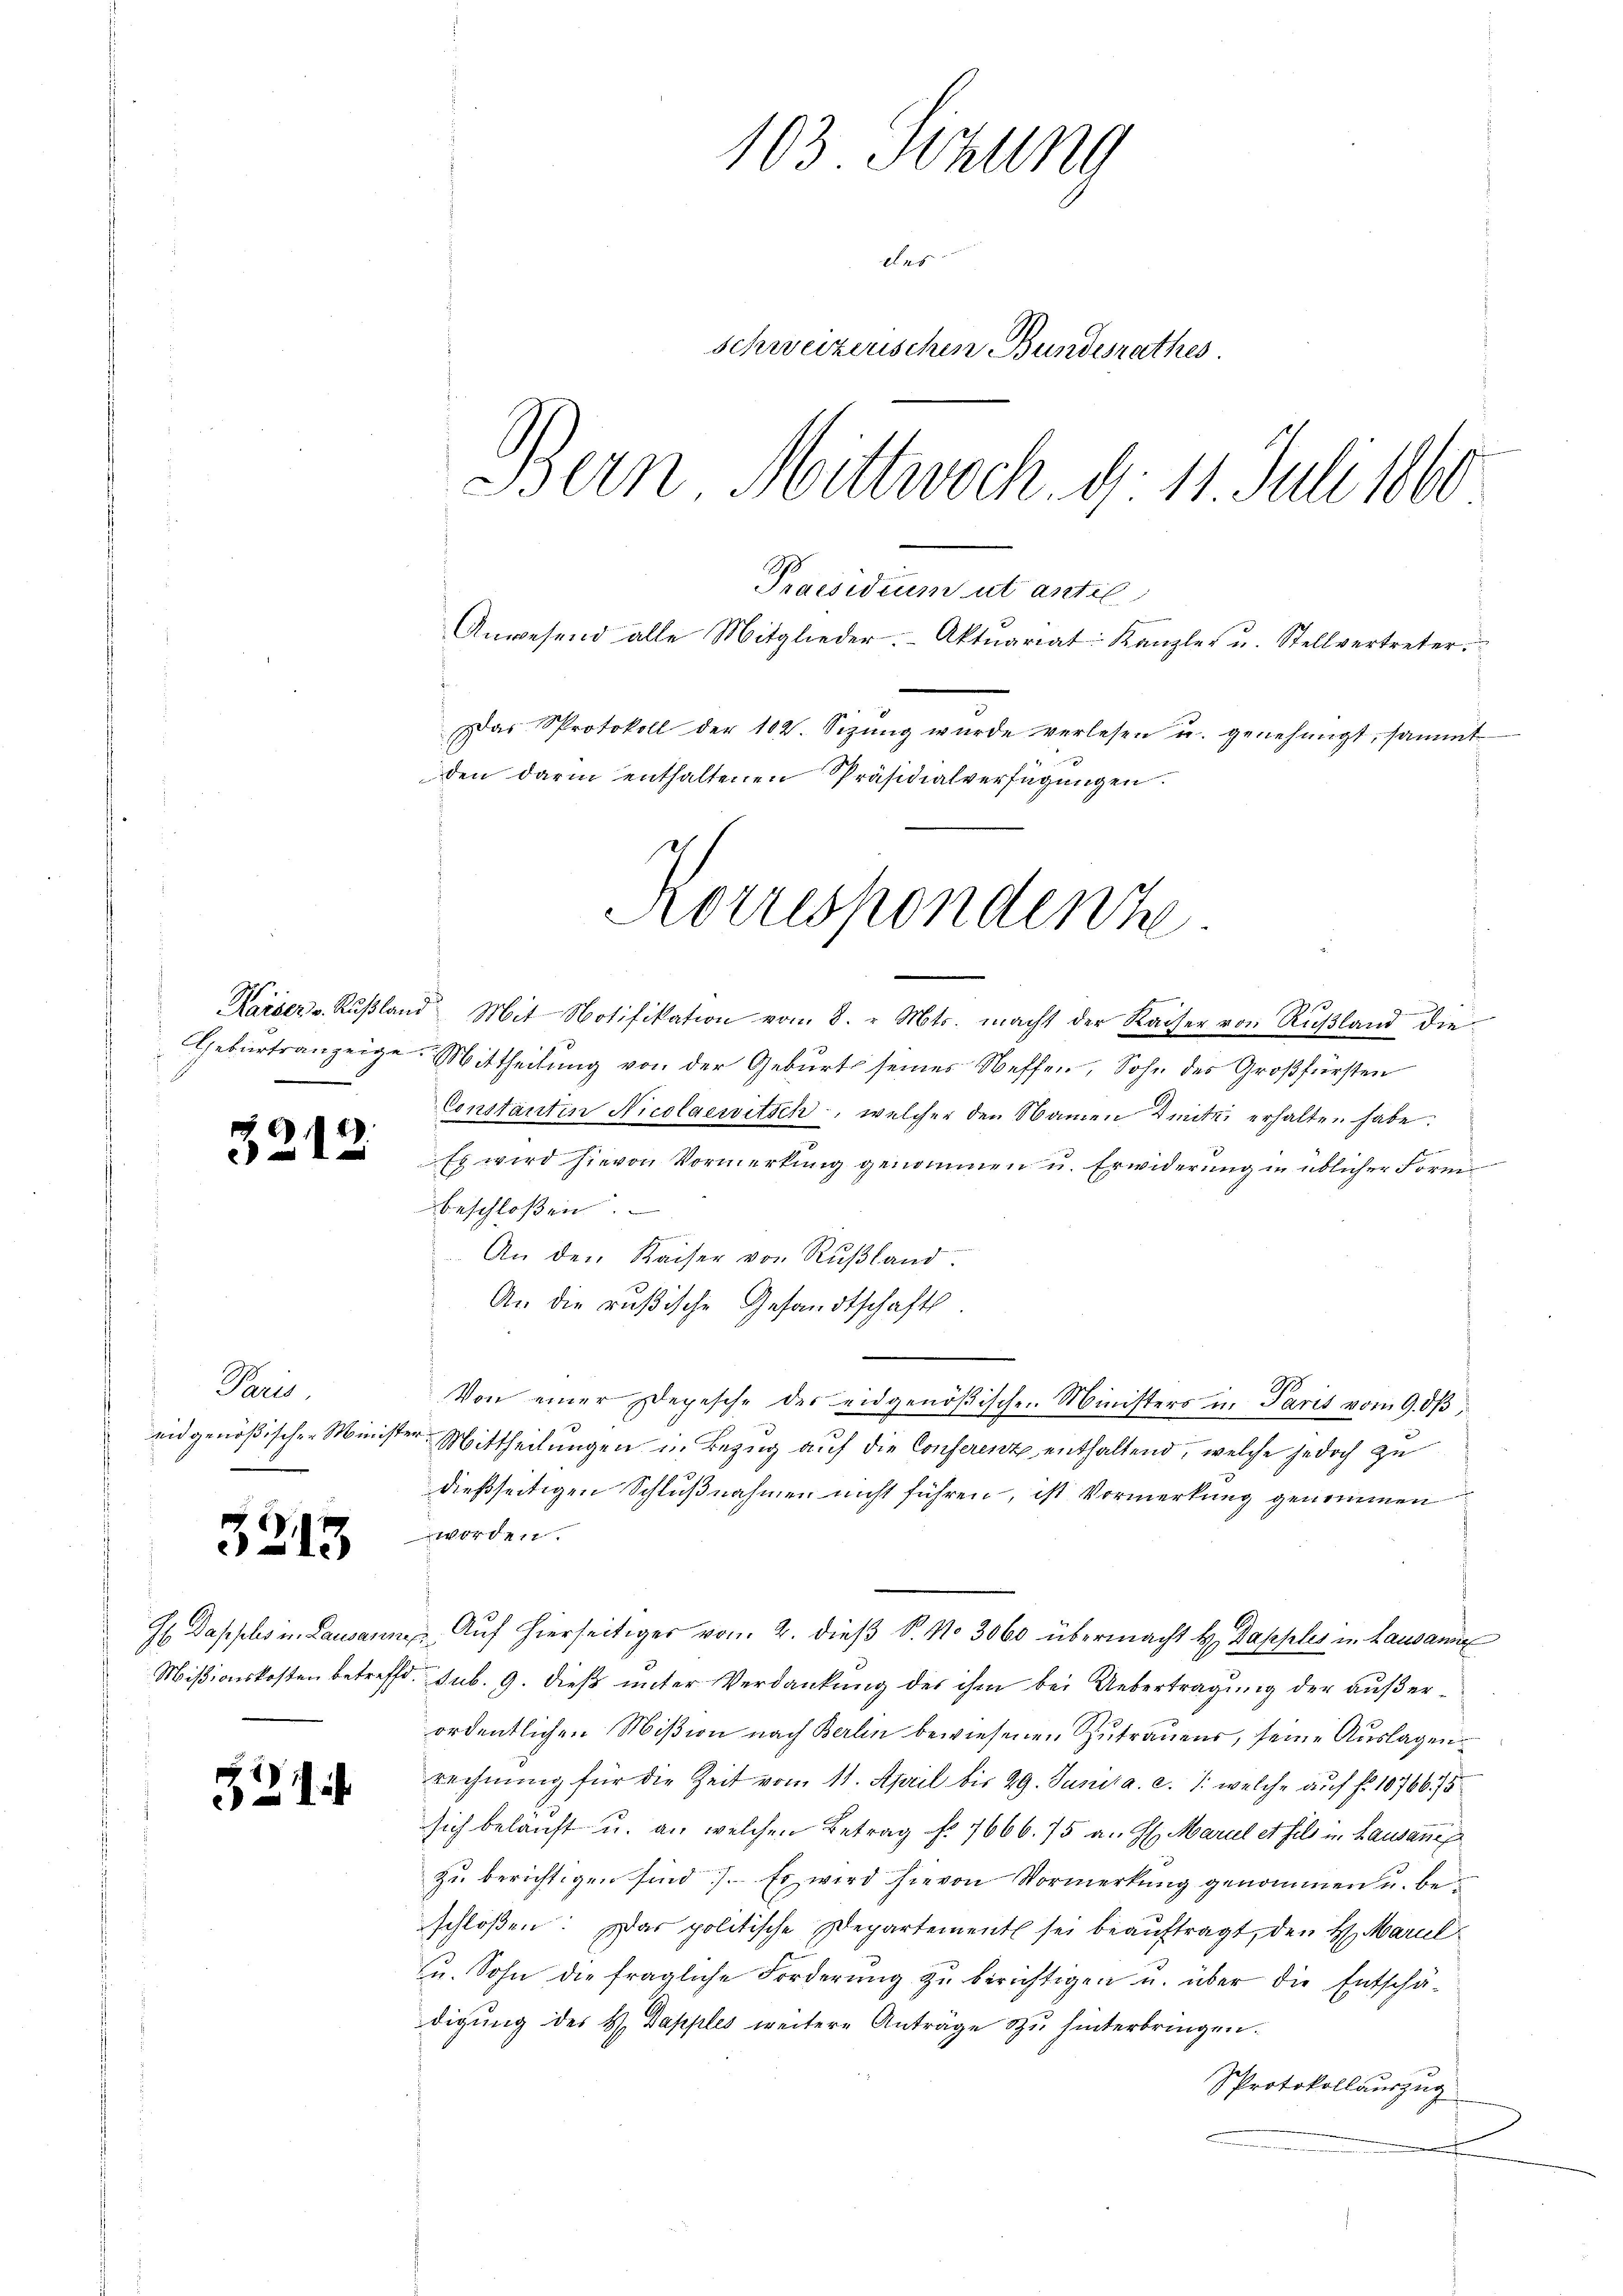
3213

8

r

)

Paris
1

1

den darin enthaltenen Präsidialverfügungen.

103 Sitzung
das
Schweizerischen Bundesrathes.
Bern Mittwoch. d. 11. Juli 1860
Praesidium ut antil
Anwesend alle Mitglieder. Aktuariat: Kanzler u. Stellvertreter.
Das Protokoll der 102. Sizŭng wurde verlesen u. genehmigt, sammt

Korrespondenhe
s

Kaiser u. Rußland Mit Notifikation vom 8. v. Mts. macht der Kaiser von Rußland die
Geburtsanzeige. Mittheilung von der Geburts seines Neffen, Sohn des Großfürsten
Constantin Nicolaewitsch, welcher den Namen Winte erhalten habe.
Es wird hievon Vormerkung genommen u. Erwiderung in üblicher Form
beschloßen.
An den Kaiser von Rußland.
An die rußische Gesandtschaft.
.
Von einer Depesche des eidgenößischen Ministers in Parit vom 9. dβ,
eidgenößischen Minister Mittheilungen in Bezug auf die Conferenz enthaltend, welche jedoch zu
dießseitigen Schlußnahmen nicht führen, ist Vormerkung genommen
worden.
H Dapples in Lausanne Auf hierseitiger vom 2. dieβ S. No 3060 übermacht H. Dapples in Lausanne
Mißionskosten betreffe sub. 9. dieß unter Verdankung des ihm bei Uebertragung der außerordentlichen Mißion nach Berlin bewiesenen Zutrauens, seine Auslagen
rechnung für die Zeit vom 11. April bis 29. Juni a. c. /: welche auf fr. 1076675
sich beläuft u. an welchen Betrag f. 7666. 75 an H. Mariel et fils in Lausan
zu berichtigen sind. Es wird hievon Vormerkung genommen u. beschloßen: Das politische Departement sei beauftragt, den H. Maril
zu. Sohn die fragliche Forderŭng zŭ berichtigen u. über die Entschä-
digung des H. Dapples weitere Anträge zu hinterbringen.
Protokollauszug
f